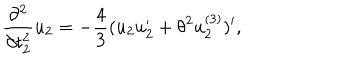
\frac { \partial ^ { 2 } } { \partial t _ { 2 } ^ { 2 } } u _ { 2 } = - \frac { 4 } { 3 } ( u _ { 2 } u _ { 2 } ^ { \prime } + { \theta } ^ { 2 } u _ { 2 } ^ { ( 3 ) } ) ^ { \prime } ,